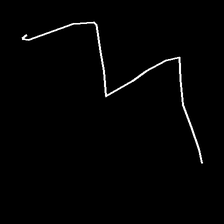
Glyph: crush